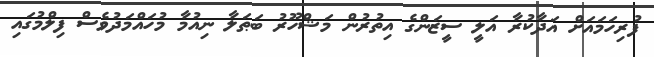
ފުރިހަމައަށް އަދާކުރާ އަލީ ސީޒަންގެ އިތުރުން މަޝްހޫރު ބަޠަލާ ނިއުމާ މުހައްމަދުވެސް ފިލްމުގައި